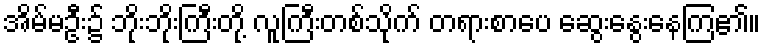
အိမ်မဦး၌ ဘိုးဘိုးကြီးတို့ လူကြီးတစ်သိုက် တရားစာပေ ဆွေးနွေးနေကြ၏။